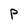
Character: P